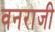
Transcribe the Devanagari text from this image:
वनराजी